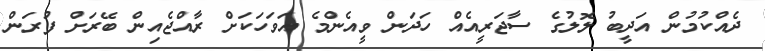
ދެއްކުމުން އަދީބު ލޮލުގެ ސާޖަރީއެއް ހަދަން ވީއެންމެ އަވަހަކަށް ރާއްޖެއިން ބޭރަށް ފުރަން